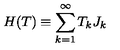
H ( T ) \equiv \sum _ { k = 1 } ^ { \infty } T _ { k } J _ { k }